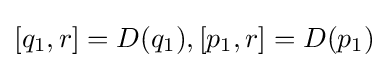
{\textstyle [q_{1},r]=D(q_{1}),[p_{1},r]=D(p_{1})}